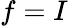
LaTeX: f=I